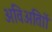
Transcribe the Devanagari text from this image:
अविअतािों